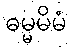
ဓမ္မမိမံ